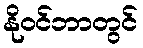
နိုဝင်ဘာတွင်